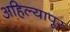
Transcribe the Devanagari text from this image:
अहिल्यापूर